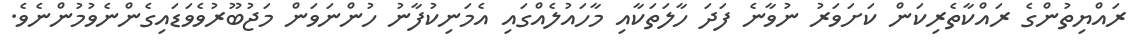
ރައްޔިތުންގެ ރައްކާތެރިކަން ކަށަވަރު ނުވާނެ ފަދަ ހާލަތަކާއި މާހައުލެއްގައި އެމަނިކުފާނު ހުންނަވަން މަޖުބޫރުވެވަޑައިގެންނެވުމުންނެވެ.